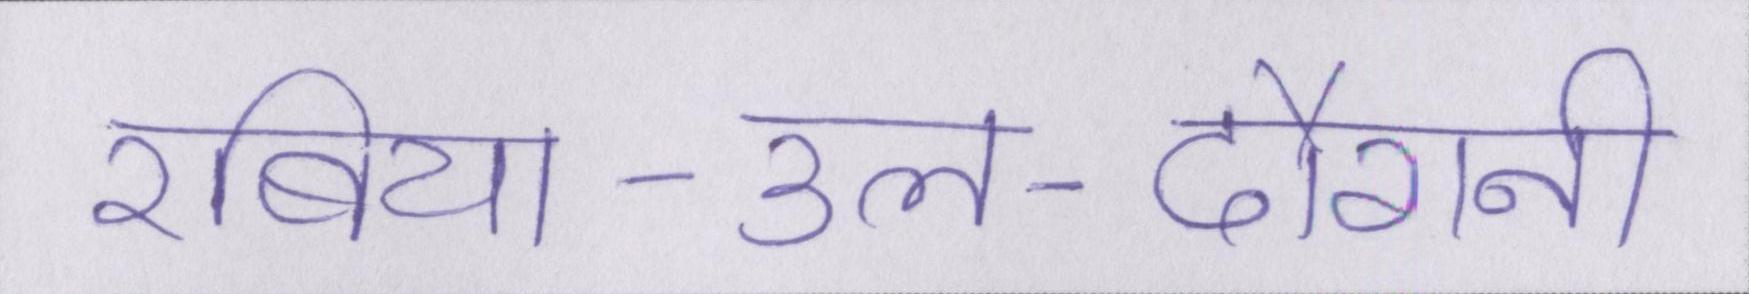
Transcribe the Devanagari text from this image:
रबिया-उल-दौरानी